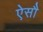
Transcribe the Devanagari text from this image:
ऐसौ